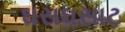
ઘસઘસાટ